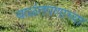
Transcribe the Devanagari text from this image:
बाळंतपणाच्या